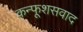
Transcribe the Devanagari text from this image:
कन्फूशसवाद